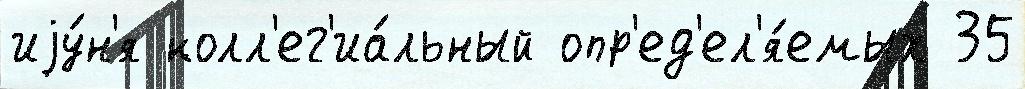
иjу́н'я колл'ег'иа́льный опр'ед'ел'я́емых 35